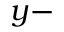
y -